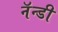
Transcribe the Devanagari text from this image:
नॅन्डी